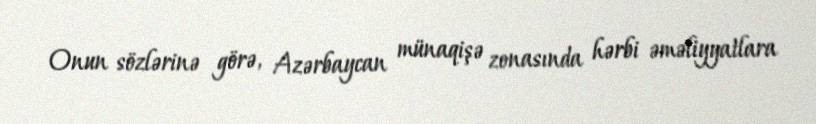
Onun sözlərinə görə, Azərbaycan münaqişə zonasında hərbi əməliyyatlara